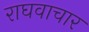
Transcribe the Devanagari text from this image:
राघवाचार